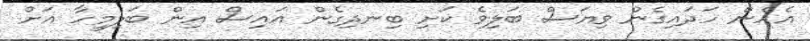
އެހެން ހަދައިގެން ވިޔަސް ބަލިވެ ކަށި ބިނދިގެން އައިސް އިން ބަލިމީހާ އަށް